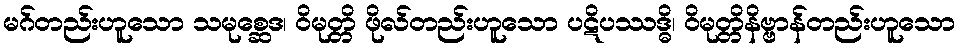
မဂ်တည်းဟူသော သမုစ္ဆေဒ၊ ဝိမုတ္တိ ဖိုလ်တည်းဟူသော ပဋိပဿဒ္ဓိ၊ ဝိမုတ္တိနိဗ္ဗာန်တည်းဟူသော